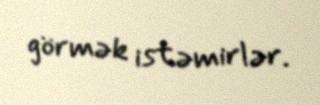
görmək istəmirlər.